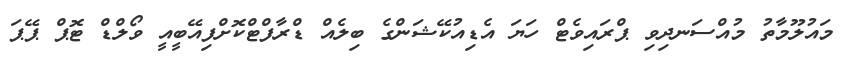
މައުލޫމާތު މުއްސަނދިވި ޕްރައިވެޓް ހަޔަ އެޑިއުކޭޝަންގެ ބިލެއް ޑްރާފްޓްކޮށްފިއޭބީއީ ވޯލްޑް ޓޮޕް ޕޭޕަ